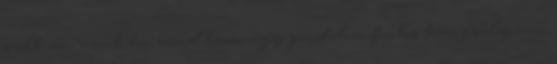
szólt az, amit én mondtam, úgy gondolom fontos hangsúlyozni.